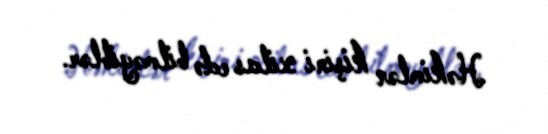
Həkimlər kişini xilas edə bilməyiblər.